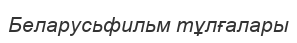
Беларусьфильм тұлғалары